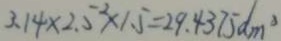
3 . 1 4 \times 2 . 5 ^ { 2 } \times 1 . 5 = 2 9 . 4 3 7 5 d m ^ { 3 }